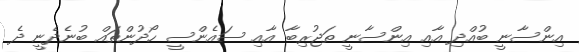
އިންސާނީ ބުއްދި އާއި އިންސާނީ ތަޖުރިބާ އާއި ސައެންސީ ހޯދުންތައް ބުނެދެނީ ދެ